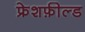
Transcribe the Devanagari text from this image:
फ्रेशफ़ील्ड